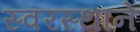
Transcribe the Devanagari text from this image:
स्वरस्थाने